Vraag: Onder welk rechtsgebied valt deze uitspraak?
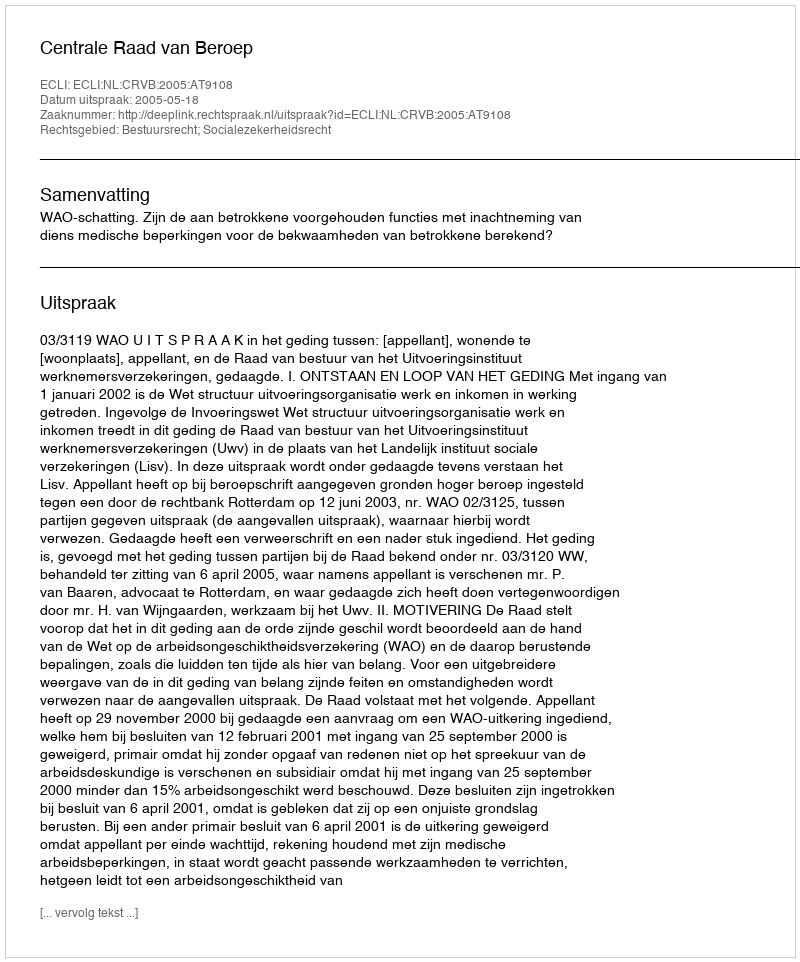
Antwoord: Bestuursrecht; Socialezekerheidsrecht